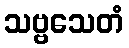
သဗ္ဗသေတံ